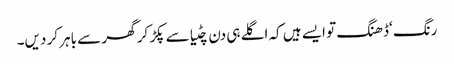
رنگ ‘ڈھنگ تو ایسے ہیں کہ اگلے ہی دن چٹیا سے پکڑ کر گھر سے باہر کر دیں۔